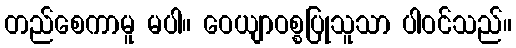
တည်စေကာမူ မပါ။ ဝေယျာဝစ္စပြုသူသာ ပါဝင်သည်။